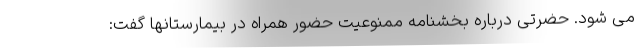
می شود. حضرتی درباره بخشنامه ممنوعیت حضور همراه در بیمارستانها گفت: